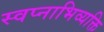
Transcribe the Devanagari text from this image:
स्वप्नाभिव्यक्ति